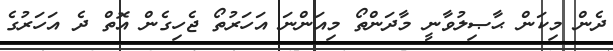
ދެން މިކަން ޙާޞިލުވާނީ މާދަންތޯ މިއަންނަ އަހަރުތޯ ޖެހިގެން އޮތް ދެ އަހަރުގެ